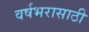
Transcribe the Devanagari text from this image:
वर्षभरासाठी